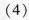
(4)